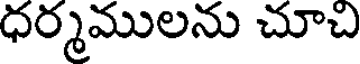
ధర్మములను చూచి